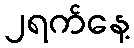
၂ရက်နေ့